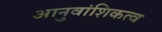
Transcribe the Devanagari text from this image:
आनुवांशिकत्व